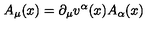
A _ { \mu } ( x ) = \partial _ { \mu } v ^ { \alpha } ( x ) A _ { \alpha } ( x )